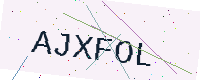
Text: AJXFOL